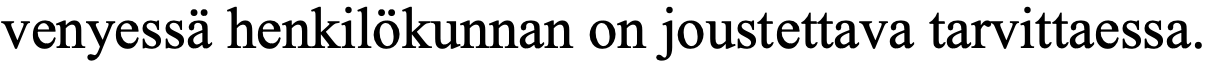
venyessä henkilökunnan on joustettava tarvittaessa.